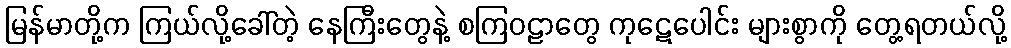
မြန်မာတို့က ကြယ်လို့ခေါ်တဲ့ နေကြီးတွေနဲ့ စကြဝဠာတွေ ကုဋေပေါင်း များစွာကို တွေ့ရတယ်လို့